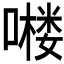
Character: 𱔹